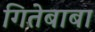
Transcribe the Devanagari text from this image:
गितेबाबा